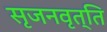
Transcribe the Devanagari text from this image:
सृजनवृत्ति